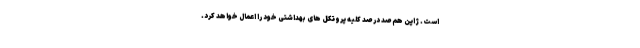
است. ژاپن هم صد در صد کلیه پروتکل های بهداشتی خود را اعمال خواهد کرد.